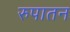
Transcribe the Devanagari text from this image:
रुपातन